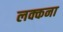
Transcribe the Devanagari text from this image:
लक्कना